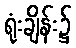
ရုံးချိန်း၌